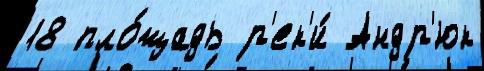
18 пло́щадь р'ек'и́ Андр'юк